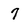
Character: 7